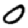
Digit: 0